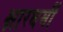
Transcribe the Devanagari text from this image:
क्षारधर्मी